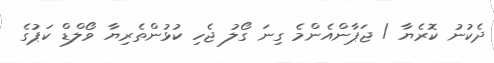
ދެކުނު ކޮރެޔާ / ޖަޕާންއެންމެ ގިނަ ގޯލު ޖެހި ކުޅުންތެރިޔާ ވޯލްޑް ކަޕުގެ